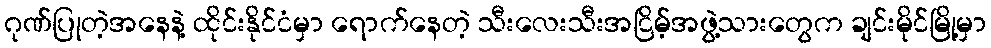
ဂုဏ်ပြုတဲ့အနေနဲ့ ထိုင်းနိုင်ငံမှာ ရောက်နေတဲ့ သီးလေးသီးအငြိမ့်အဖွဲ့သားတွေက ချင်းမိုင်မြို့မှာ